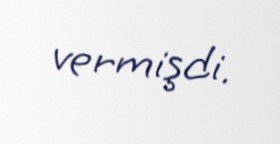
vermişdi.